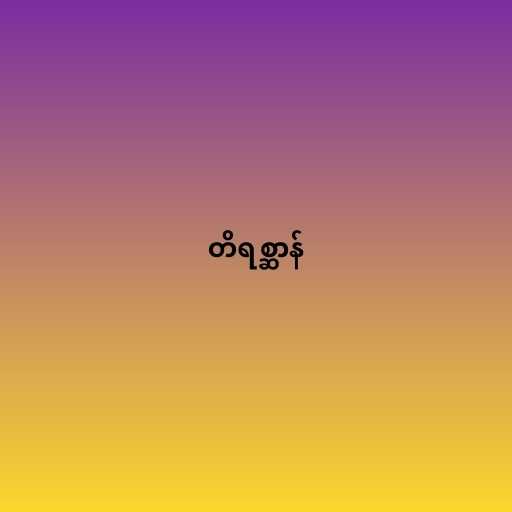
တိရစ္ဆာန်